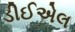
ડીઈએલ